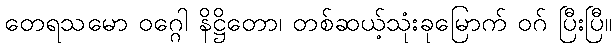
တေရသမော ဝဂ္ဂေါ နိဋ္ဌိတော၊ တစ်ဆယ့်သုံးခုမြောက် ဝဂ် ပြီးပြီ။